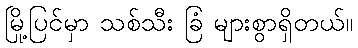
မြို့ပြင်မှာ သစ်သီး ခြံ များစွာရှိတယ်။